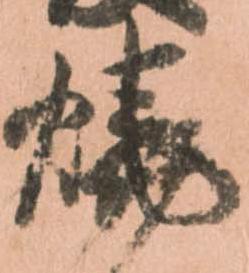
焼